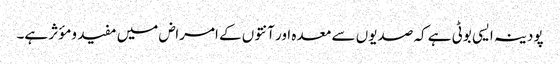
پودینہ ایسی بوٹی ہے کہ صدیوں سے معدہ اور آنتوں کے امراض میں مفید ومؤثر ہے۔